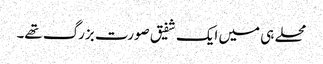
محلے ہی میں ایک شفیق صورت بزرگ تھے۔